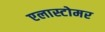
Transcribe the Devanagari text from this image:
एलास्टोमर